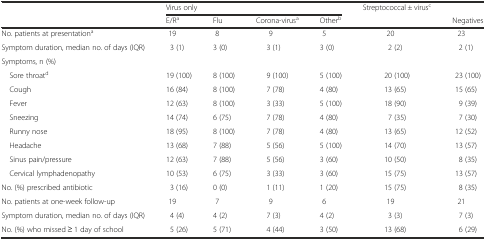
<table><thead><tr><td rowspan="2"></td><td colspan="4"><b>Virus only</b></td><td rowspan="2"><b>Streptococcal ± virus<sup>c</sup></b></td><td></td></tr><tr><td><b>E/R<sup>a</sup></b></td><td><b>Flu</b></td><td><b>Corona-virus<sup>a</sup></b></td><td><b>Other<sup>b</sup></b></td><td><b>Negatives</b></td></tr></thead><tbody><tr><td>No. patients at presentation<sup>a</sup></td><td>19</td><td>8</td><td>9</td><td>5</td><td>20</td><td>23</td></tr><tr><td>Symptom duration, median no. of days (IQR)</td><td>3 (1)</td><td>3 (0)</td><td>3 (1)</td><td>3 (0)</td><td>2 (2)</td><td>2 (1)</td></tr><tr><td>Symptoms, n (%)</td><td></td><td></td><td></td><td></td><td></td><td></td></tr><tr><td> Sore throat<sup>d</sup></td><td>19 (100)</td><td>8 (100)</td><td>9 (100)</td><td>5 (100)</td><td>20 (100)</td><td>23 (100)</td></tr><tr><td> Cough</td><td>16 (84)</td><td>8 (100)</td><td>7 (78)</td><td>4 (80)</td><td>13 (65)</td><td>15 (65)</td></tr><tr><td> Fever</td><td>12 (63)</td><td>8 (100)</td><td>3 (33)</td><td>5 (100)</td><td>18 (90)</td><td>9 (39)</td></tr><tr><td> Sneezing</td><td>14 (74)</td><td>6 (75)</td><td>7 (78)</td><td>4 (80)</td><td>7 (35)</td><td>7 (30)</td></tr><tr><td> Runny nose</td><td>18 (95)</td><td>8 (100)</td><td>7 (78)</td><td>4 (80)</td><td>13 (65)</td><td>12 (52)</td></tr><tr><td> Headache</td><td>13 (68)</td><td>7 (88)</td><td>5 (56)</td><td>5 (100)</td><td>14 (70)</td><td>13 (57)</td></tr><tr><td> Sinus pain/pressure</td><td>12 (63)</td><td>7 (88)</td><td>5 (56)</td><td>3 (60)</td><td>10 (50)</td><td>8 (35)</td></tr><tr><td> Cervical lymphadenopathy</td><td>10 (53)</td><td>6 (75)</td><td>3 (33)</td><td>3 (60)</td><td>15 (75)</td><td>13 (57)</td></tr><tr><td>No. (%) prescribed antibiotic</td><td>3 (16)</td><td>0 (0)</td><td>1 (11)</td><td>1 (20)</td><td>15 (75)</td><td>8 (35)</td></tr><tr><td>No. patients at one-week follow-up</td><td>19</td><td>7</td><td>9</td><td>6</td><td>19</td><td>21</td></tr><tr><td>Symptom duration, median no. of days (IQR)</td><td>4 (4)</td><td>4 (2)</td><td>7 (3)</td><td>4 (2)</td><td>3 (3)</td><td>7 (3)</td></tr><tr><td>No. (%) who missed ≥ 1 day of school</td><td>5 (26)</td><td>5 (71)</td><td>4 (44)</td><td>3 (50)</td><td>13 (68)</td><td>6 (29)</td></tr></tbody></table>